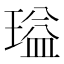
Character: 𬎃